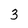
Character: 3